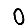
Digit: 0